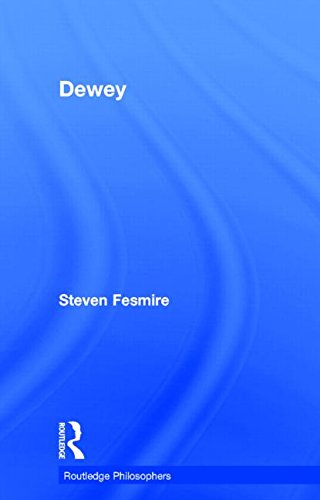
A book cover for Dewey (The Routledge Philosophers); Steven Fesmire; Biographies & Memoirs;